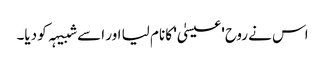
اس نے روح 'عیسیٰ' کا نام لیا اور اسے شبیہہ کو دیا۔